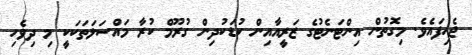
ޖެހިފައެވެ. މިގޮތުން އިންޓަނެޓުގެ ޒަރީއާއިން ކުޑަކުދިން ގުރޫމް ކުރާ މައްސަލަތަކަކީ މި ދިވެހި